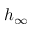
h _ { \infty }